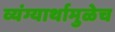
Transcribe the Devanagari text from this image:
व्यंग्यार्थामुळेच